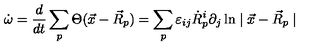
\dot { \omega } = \frac { d } { d t } \sum _ { p } \Theta ( \vec { x } - \vec { R } _ { p } ) = \sum _ { p } \varepsilon _ { i j } \dot { R } _ { p } ^ { i } \partial _ { j } \ln \mid \vec { x } - \vec { R } _ { p } \mid